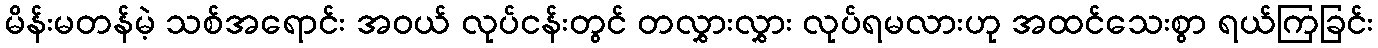
မိန်းမတန်မဲ့ သစ်အရောင်း အဝယ် လုပ်ငန်းတွင် တလွှားလွှား လုပ်ရမလားဟု အထင်သေးစွာ ရယ်ကြခြင်း